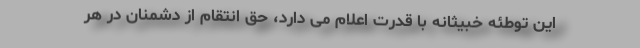
این توطئه خبیثانه با قدرت اعلام می دارد، حق انتقام از دشمنان در هر